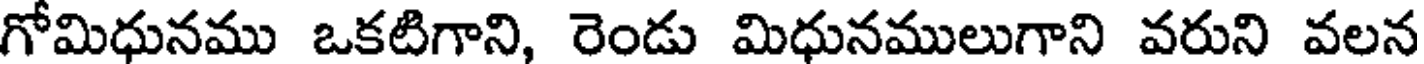
గోమిధునము ఒకటిగాని, రెండు మిధునములుగాని వరుని వలన